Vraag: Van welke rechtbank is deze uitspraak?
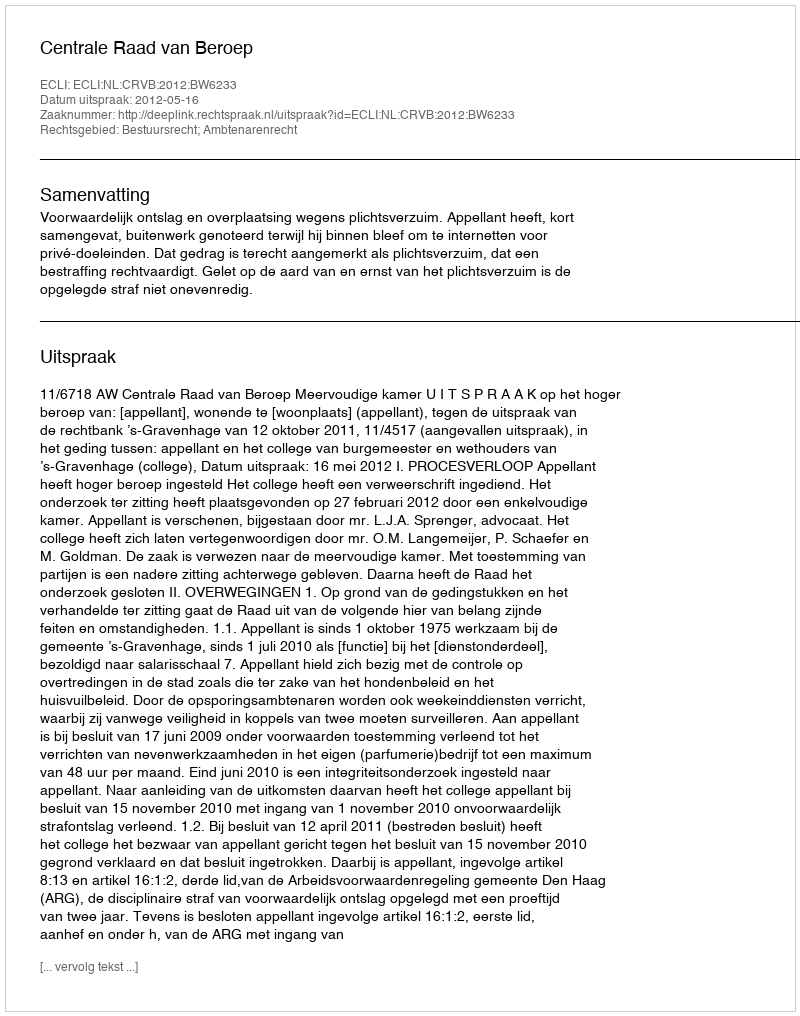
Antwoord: Centrale Raad van Beroep